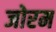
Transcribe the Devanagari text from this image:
जोरम